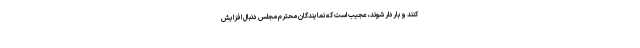
کنند و باردار شوند، عجیب است که نمایندگان محترم مجلس دنبال افزایش